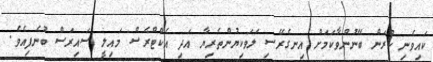
ކައިވެނި ކުރަން ބޭނުންވާކަމަށް އިނގެރޭސި ލަވަކިޔުންތެރިޔާ އަދި އެކްޓްރެސް މައިލީ ސައިރަސް ބުނެފިއެވެ.